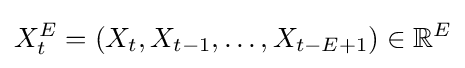
X_{t}^{E}=(X_{t},X_{t-1},\dots ,X_{t-E+1})\in \mathbb {R} ^{E}